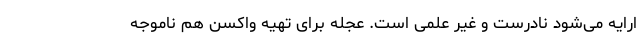
ارایه می‌شود نادرست و غیر علمی است. عجله برای تهیه واکسن هم ناموجه